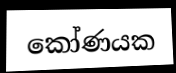
කෝණයක